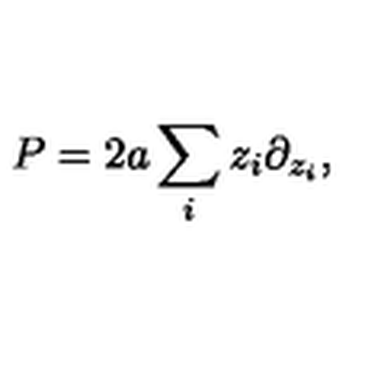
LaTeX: P = 2 a \sum _ { i } z _ { i } \partial _ { z _ { i } } ,